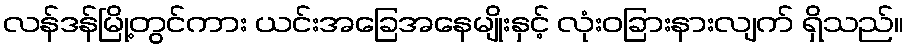
လန်ဒန်မြို့တွင်ကား ယင်းအခြေအနေမျိုးနှင့် လုံးဝခြားနားလျက် ရှိသည်။